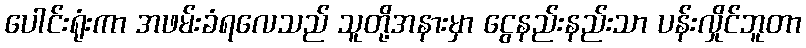
ပေါင်းရုံးကာ အဖမ်းခံရလေသည် သူတို့အနားမှာ ငွေနည်းနည်းသာ ပန်းလှိုင်ဘူတာ